Leaving Certificate Examination, 1914
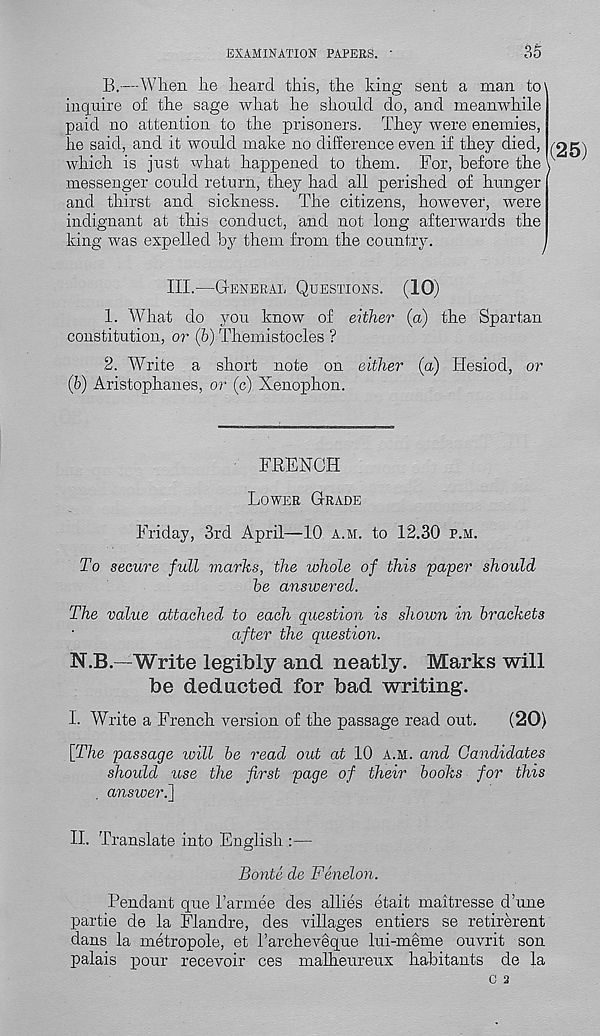
EXAMINATION PAPERS. '
35
B,-—When he heard this, the king sent a man to\
inquire of the sage what he should do, and meanwhile
paid no attention to the prisoners. They were enemies,
he said, and it would make no difference even if they died, /
which is just what happened to them. For, before the v
messenger could return, they had all perished of hunger
and thirst and sickness. The citizens, however, were
indignant at this conduct, and not long afterwards the
king was expelled by them from the country.
III.—General Questions. (10)
1. What do you know of either (a) the Spartan
constitution, or (6) Themistocles ?
2. Write a short note on either (a) Hesiod, or
(b) Aristophanes, or (c) Xenophon.
FRENCH
Lower Grade
Friday, 3rd April—10 a.m. to 12.30 p.m.
To secure full marks, the whole of this 'paper should
he answered.
The value attached to each question is shown in brackets
after the question.
N.B.—Write legibly and neatly. Marks will
be deducted for bad writing.
I. Write a French version of the passage read out.
(20)
[The passage will be read out at 10 a.m. and Candidates
should use the first page of their books for this
answeri]
II. Translate into English :—
Bonte de Fenelon.
Pendant que I’armee des allies etait maitresse dune
partie de la Flandre, des villages entiers se retirerent
dans la metropole, et 1’archeveque lui-meme ouvrit son
palais pour recevoir ces malheureux habitants de la